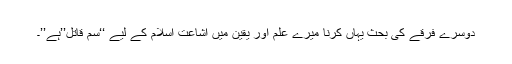
دوسرے فرقے کی بحث یہاں کرنا میرے علم اور یقین میں اشاعت اسلام کے لیے ‘‘سَم قاتل’’ہے’’۔